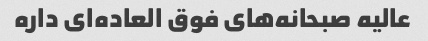
عالیه صبحانه‌های فوق العاده‌ای داره